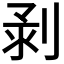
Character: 𠝌